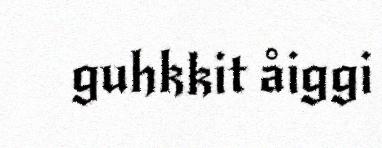
guhkkit åiggi